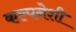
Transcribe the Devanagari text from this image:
कल्पनेशी